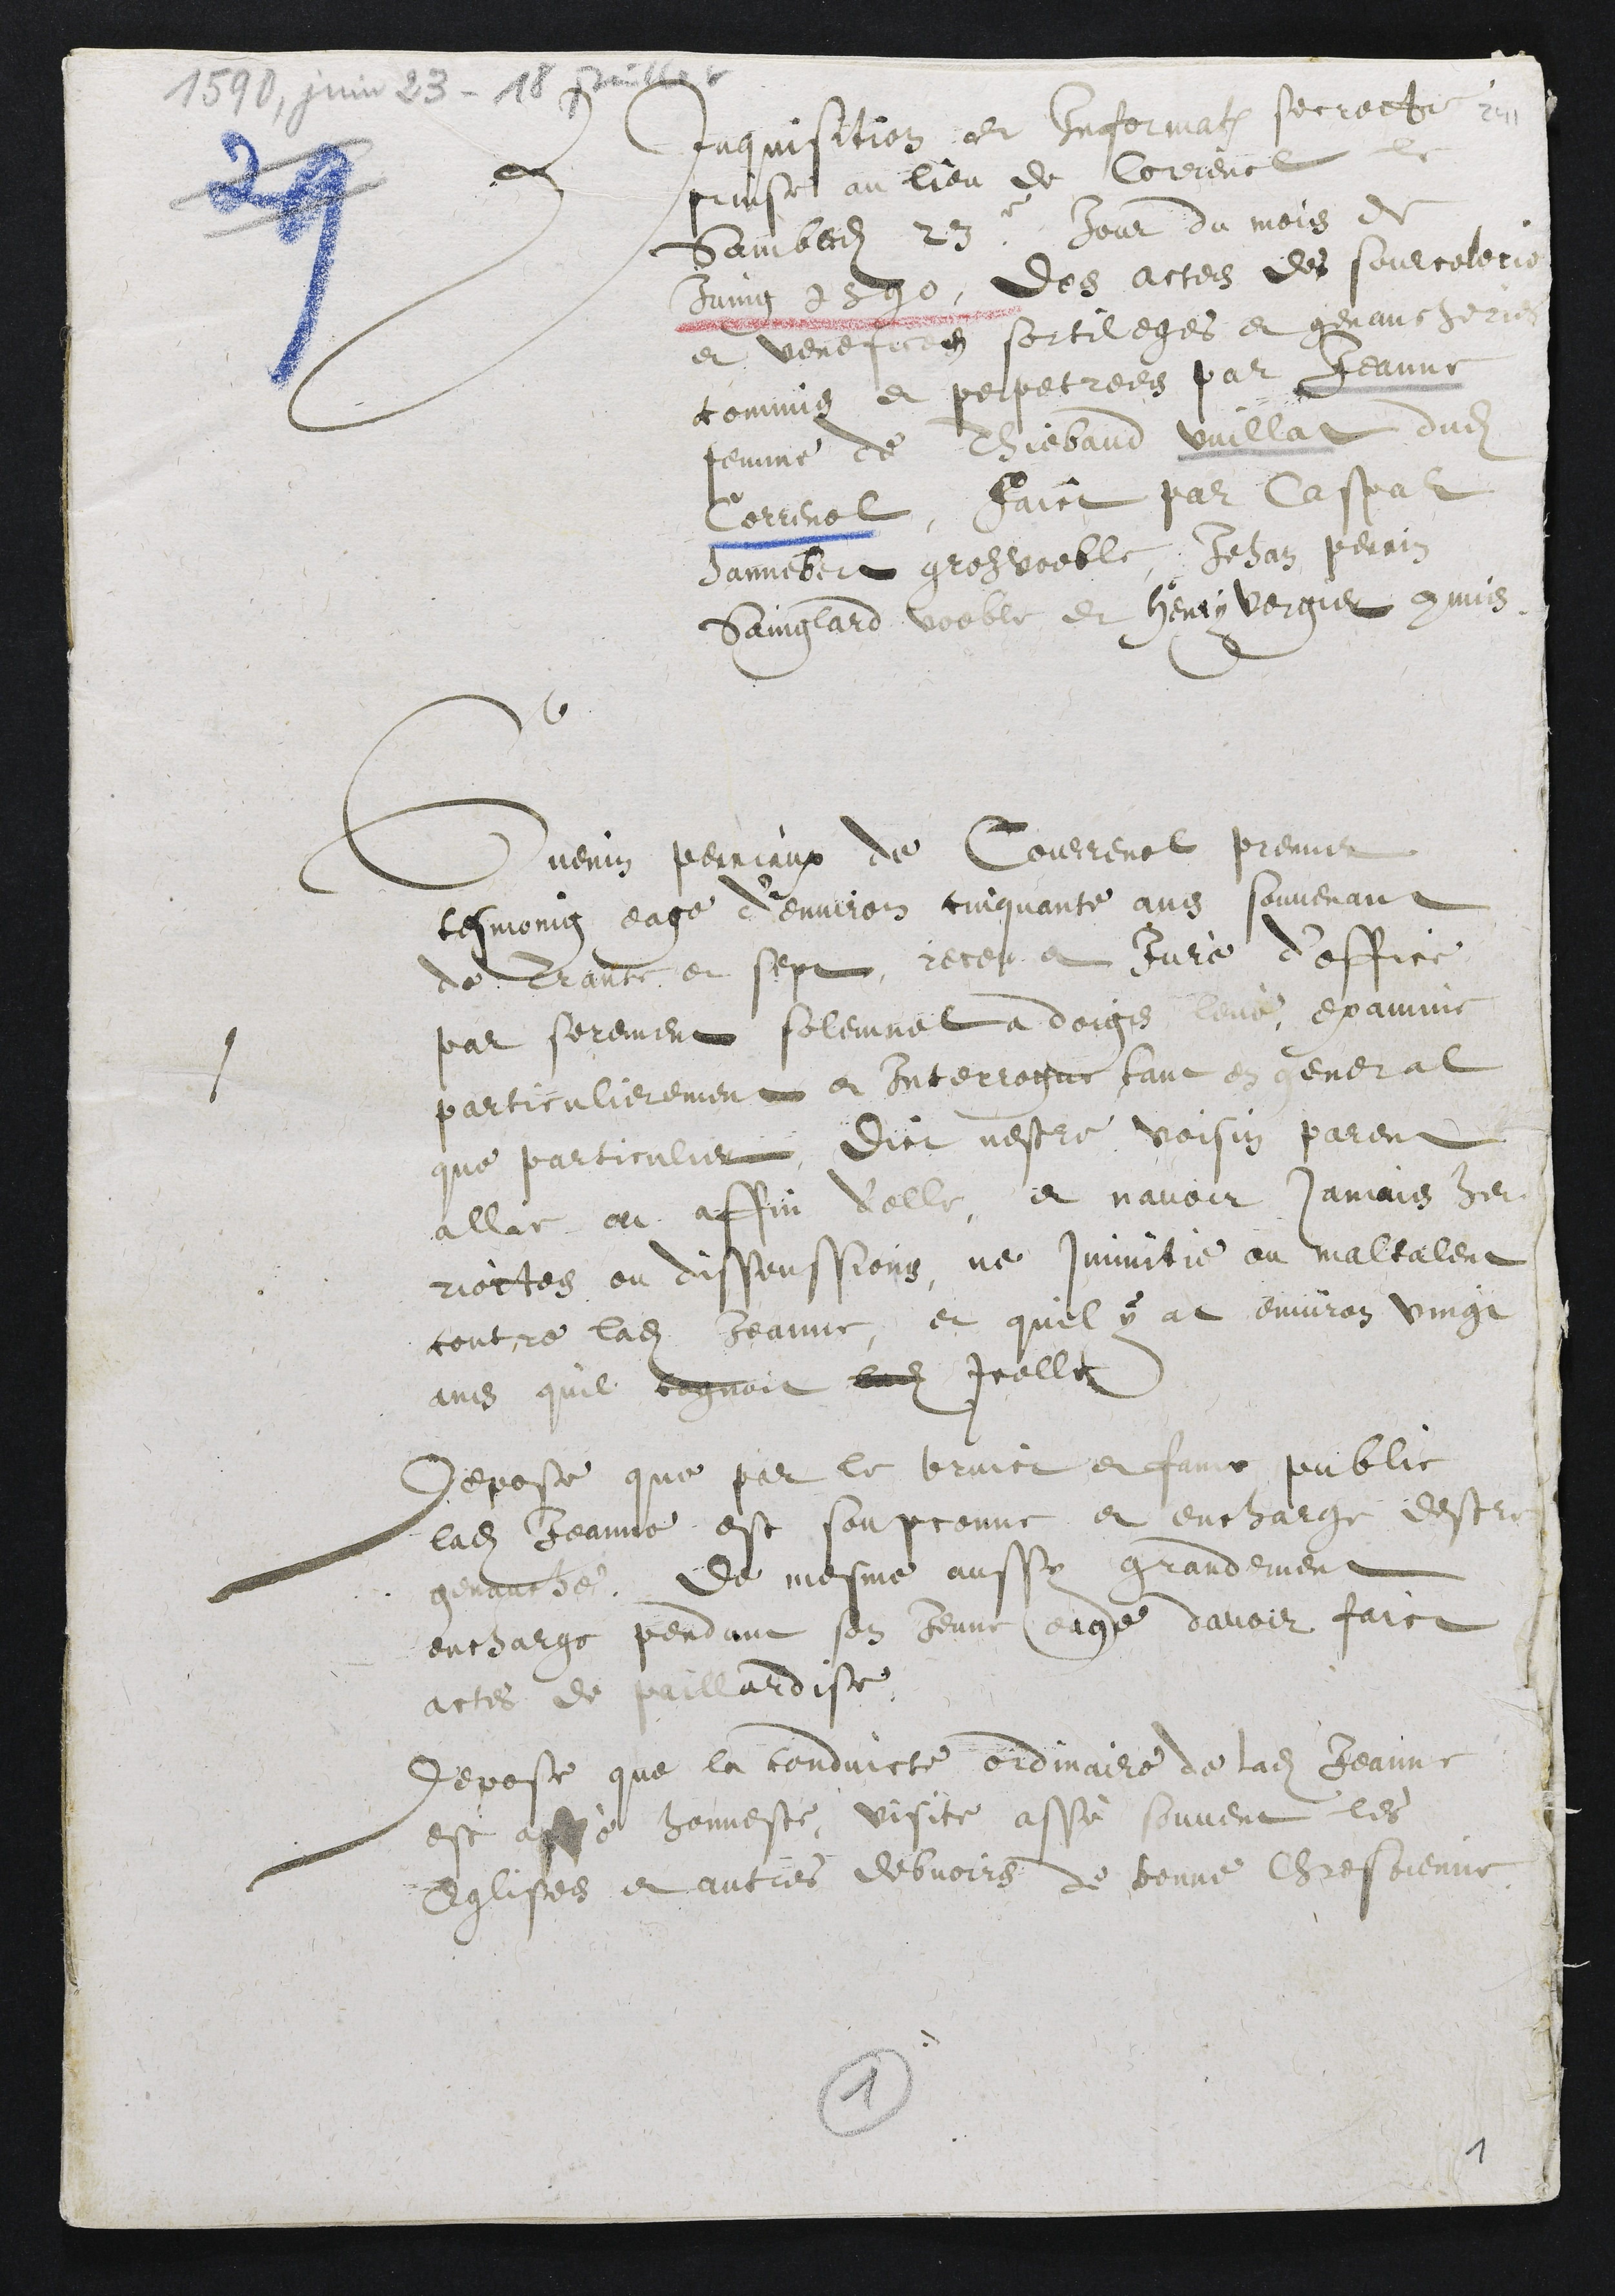
Inquisition et information secrette
prinse au lieu de Correnol le
Sambedi 23e jour du mois de
Juing 1590, des actes des sourcelerie,
et venefices sortileges et genaucherie
commis et perpetrees par Jeanne
femme de Thiebaud Vuillat dudit
Correnol, faict par Caspar
Hannebert groz voeble, Jean Perrin
Sainglard voeble et Henry vergier commis
Guenin perriaux de Courrenol, premier
tesmoing eage d'environ cinquante ans souvenant
de Trante et sept receu et Juré d’office,
par serement solemnel a doigs levé examine
particulierement et Interrogue tant en general
que particulier, Dict nestre voisin parent
allie ou affin d'elle, et navoir jamais heu
riottes ou dissenssions, ne inimitie ou maltalent
contre ladite Jeanne, et quil y at environ vingt
ans quil cognoit ladite icelle
Depose que par le bruict et fame public
ladite Jeanne est soupconne et encharge destre
genauche, de mesme aussy grandement
encharge pendant son Jeune eage davoir faict
actes de paillardise,
depose que la conduicte ordinaire de ladite Jeanne
est assé honneste, visite assé souvent les
Eglises et autres debvoirs de bonne Chrestienne